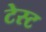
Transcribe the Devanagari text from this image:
टेस्‍ट